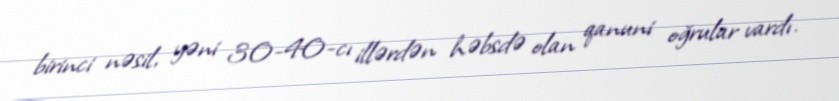
birinci nəsil, yəni 30-40-cı illərdən həbsdə olan qanuni oğrular vardı.